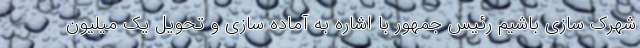
شهرک سازی باشیم رئیس جمهور با اشاره به آماده سازی و تحویل یک میلیون